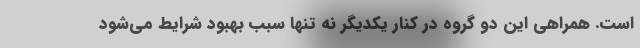
است. همراهی این دو گروه در کنار یکدیگر نه تنها سبب بهبود شرایط می‌شود